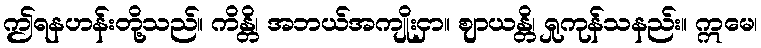
ဤရနဟန်းတို့သည်။ ကိန္တိ၊ အဘယ်အကျိုးငှာ။ ဈာယန္တိ၊ ရှုကုန်သနည်း။ ဣမေ၊